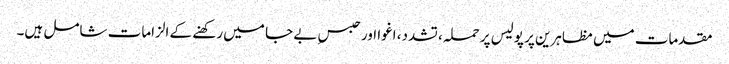
مقدمات میں مظاہرین پر پولیس پر حملہ، تشدد، اغوا اور حبسِ بے جا میں رکھنے کے الزامات شامل ہیں۔